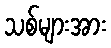
သစ်များအား